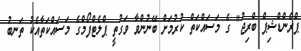
ޕްރެންޑްޝިޕް ބްރިޖު" ގެ މަސައްކަތް ކުރުމަށް ބޭނުންވާ ވަގުތީ ޕްލެޓްފޯމްގެ މަސައްކަތާއެކު ތަނބު